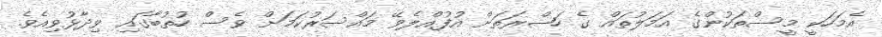
އެމަހަކީ މީސްތަކުންގެ އަމަލުތައް ގެ ހަޟްރަތަށް އުފުއްލެވޭ މައްސަރުކަމަށް ވެސް ހުތުބާގައި ވިދާޅުވިއެވެ.